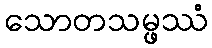
သောတသမ္ဖဿံ